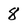
Character: 8